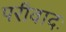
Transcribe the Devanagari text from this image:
परीवादः